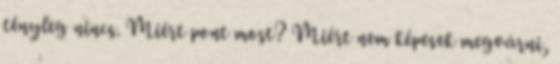
tényleg nincs. Miért pont most? Miért nem képesek megvárni,